Eesti_Rahvusfond, lk 41
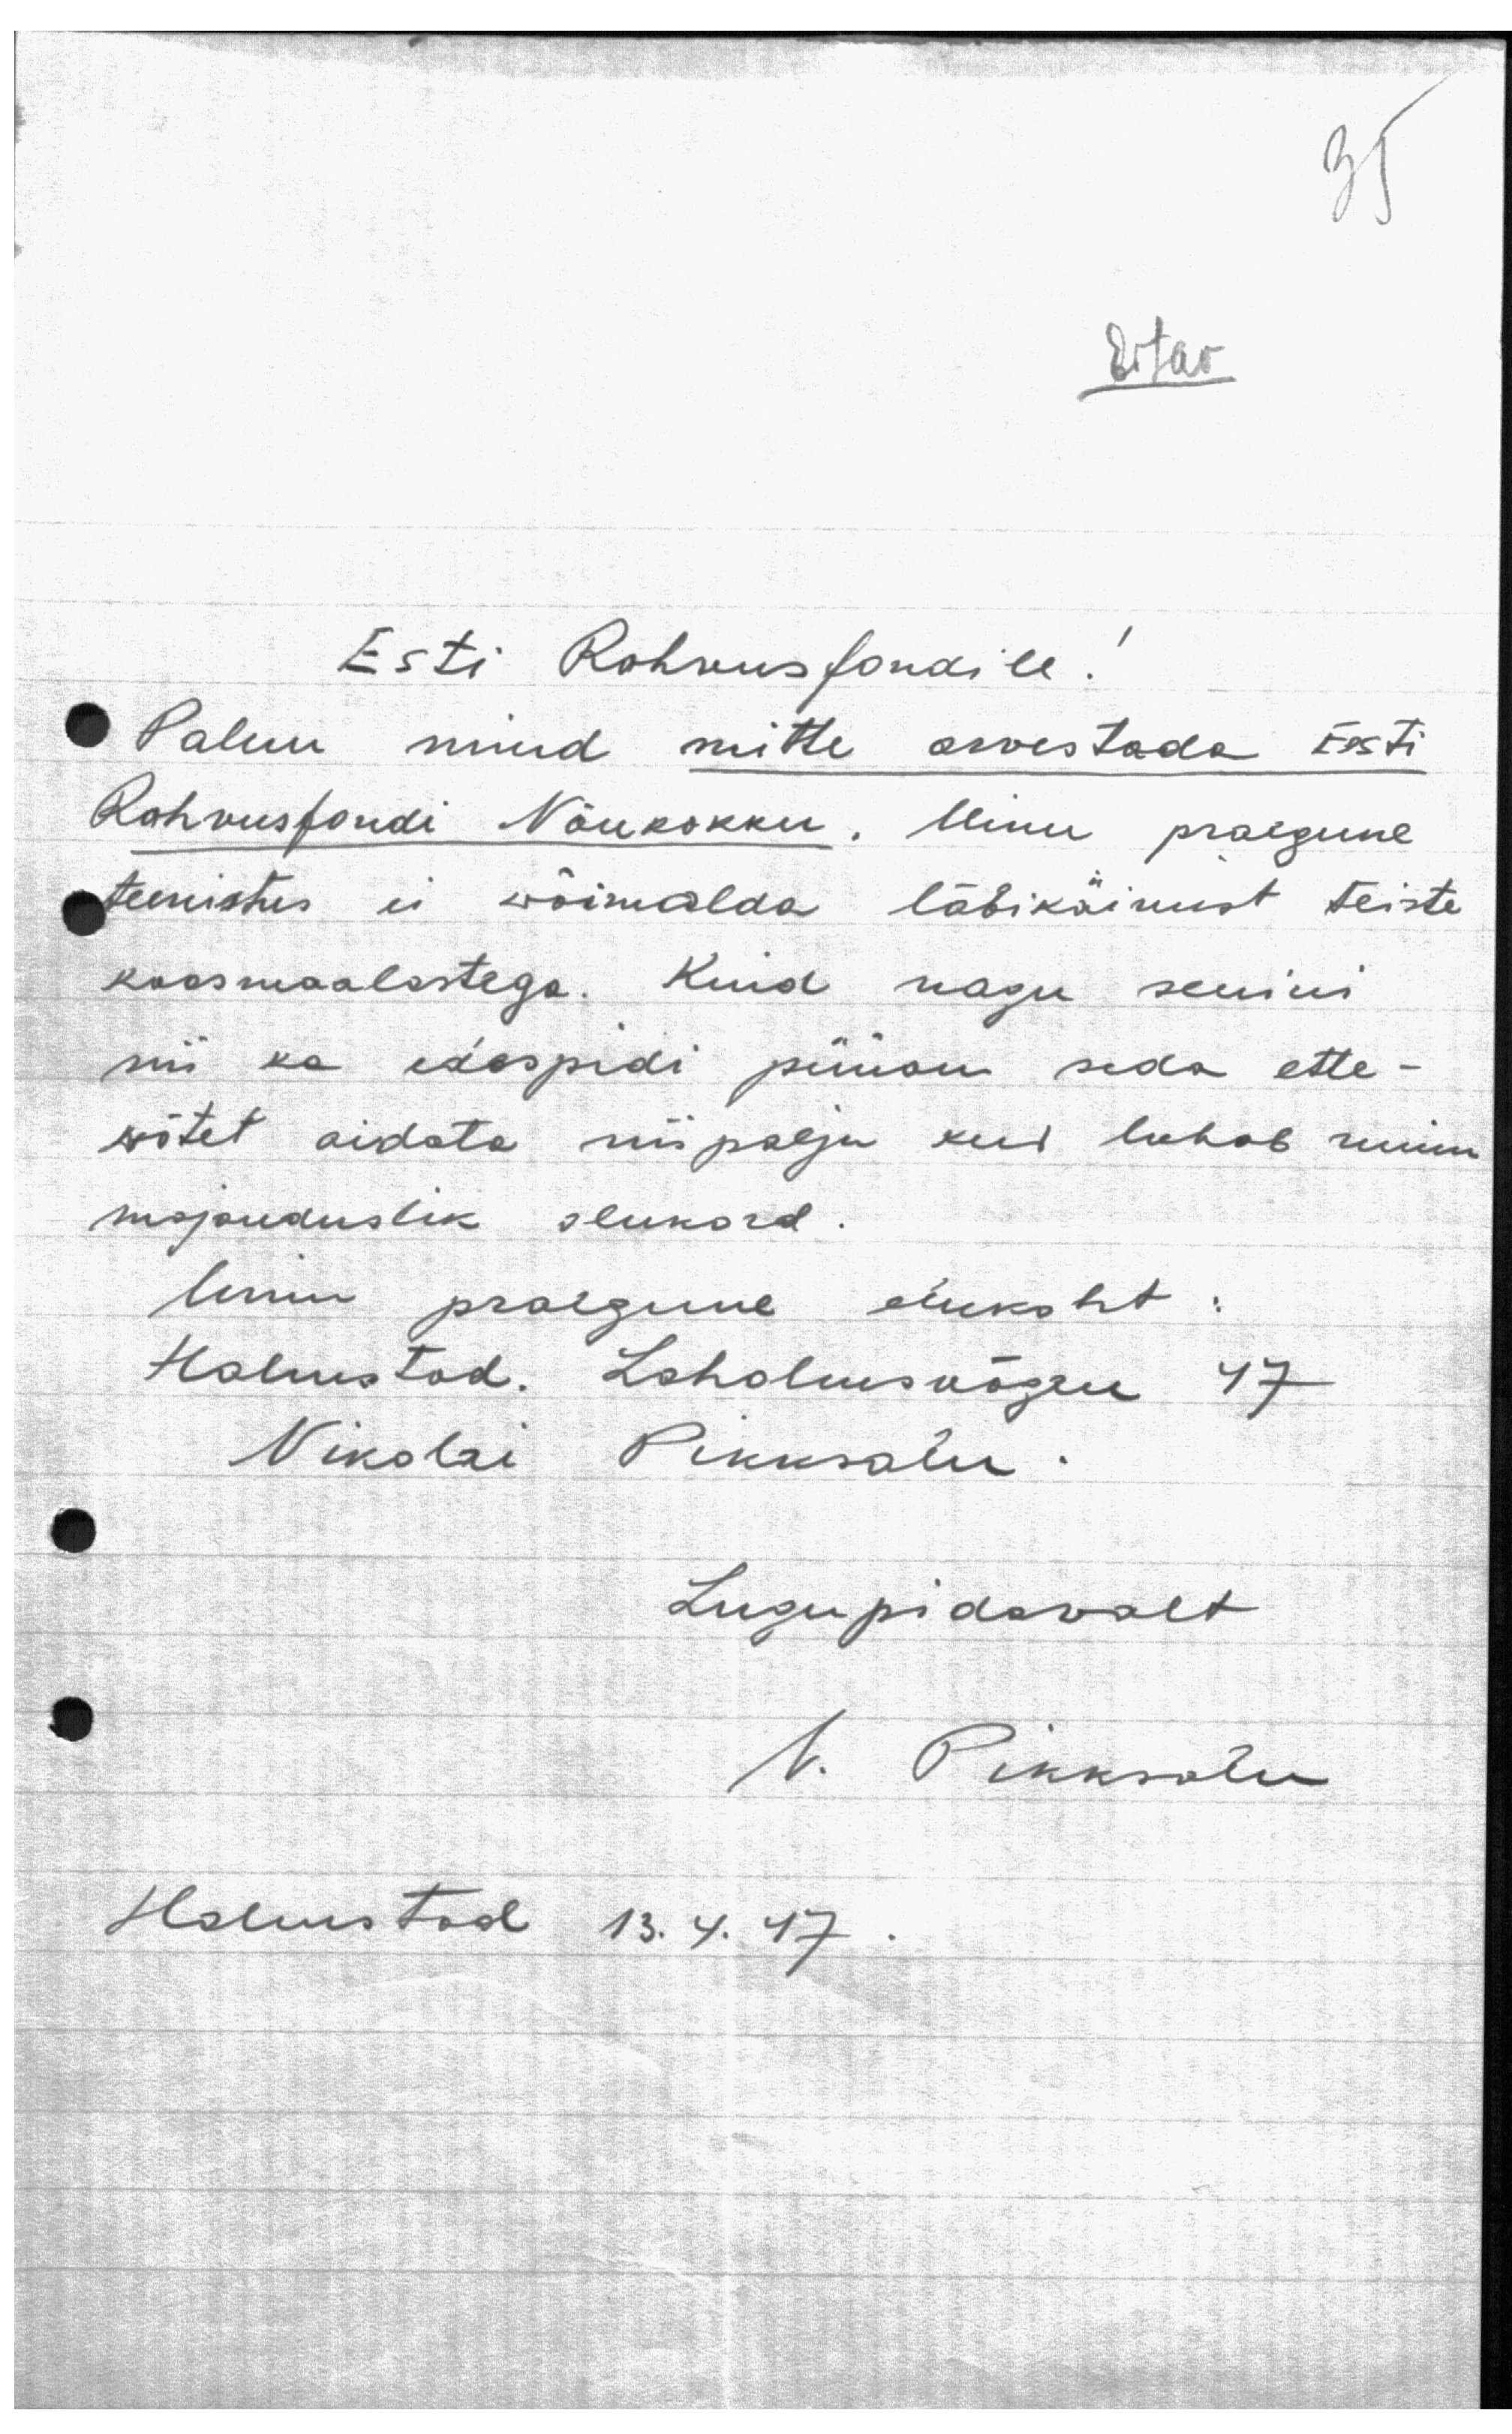
35

Eitav

Esti Rahvusfondile!
Palun mind mitte arvestada Eesti
Rahvusfondi Nõukokku. Minu praegune
teenistus ei wõimalda läbikäimist teiste
kaasmaalastega. Kuid nagu senini
nii ka edaspidi püüan seda ette-
wõtet aidata niipalju kui lubab minu
majanduslik olukord.
Minu praegune elukoht
Holmstad. Laholmsvägen 47
Nikolai Pikksalu
Lugupidavalt
N. Pikksalu
Holmstad 13. 4. 47